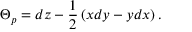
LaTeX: \Theta _ { p } = d z - { \frac { 1 } { 2 } } \left( x d y - y d x \right) .